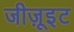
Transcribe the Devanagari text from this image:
जीज़ूइट